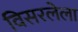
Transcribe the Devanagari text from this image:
विसरलेला